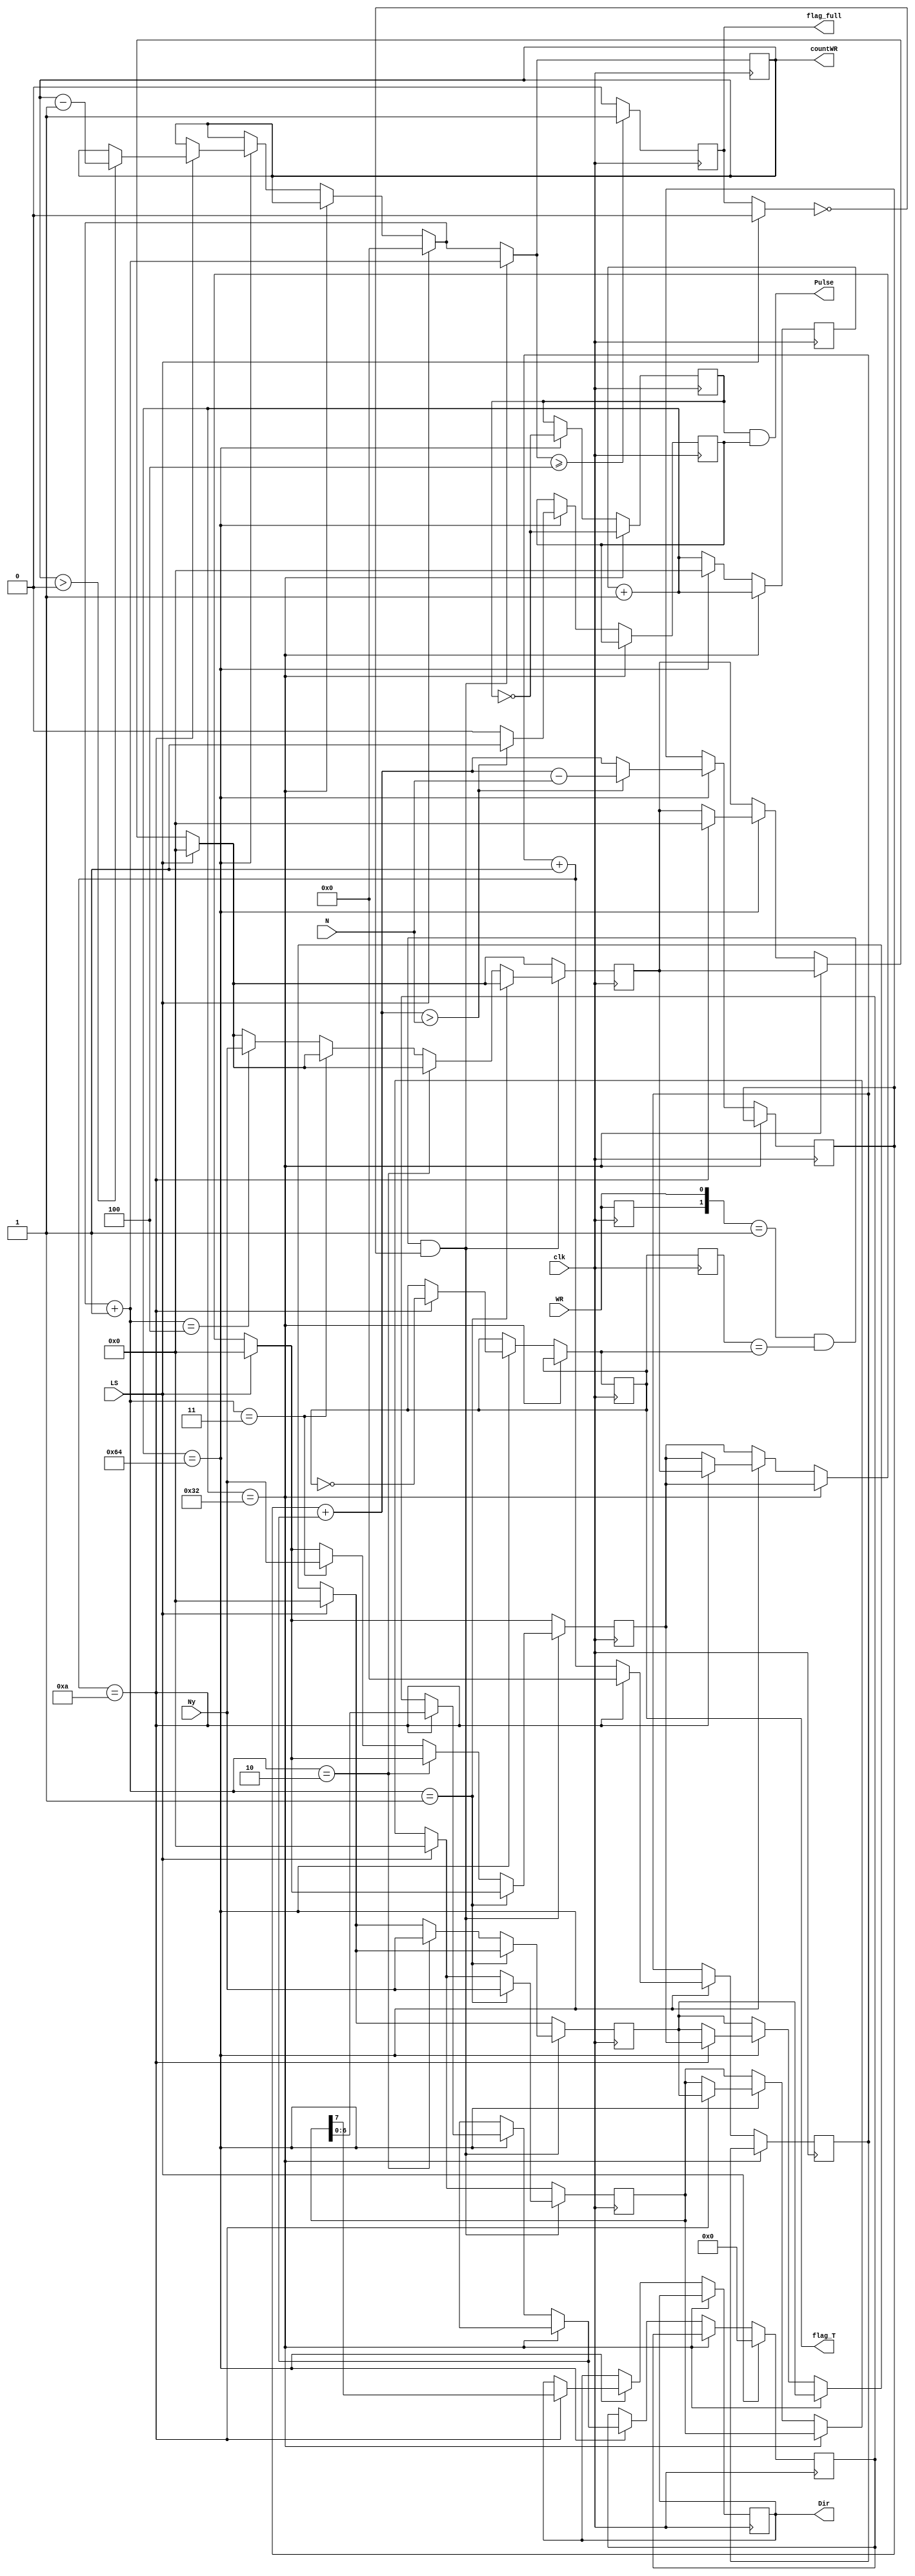
module servoY(clk,WR,LS,Ny,N,Pulse,Dir,flag_T,flag_full,countWR);
input clk,WR,LS;
input[7:0] N,Ny;
output Pulse,Dir,flag_T,flag_full;
output[3:0] countWR;

reg[7:0] count_clk1=0, acc=10;
reg[6:0] Ny_temp; 
reg[7:0] BUFF1, BUFF2, BUFF3, BUFF4;
reg Dir;
reg clk1=1;
reg pinout;
reg flag_T=1;
reg flag_full=0;
reg preWR, preflag_T;

reg[3:0] countWR=0, countT=0;

always@(posedge clk)
begin
	preWR <= WR;
	preflag_T <= flag_T;
	count_clk1 = count_clk1 + 1;
	
	if (count_clk1 == 50)
	begin
		clk1 = ~clk1;
	end
	else if (count_clk1 == 100)  	//clk1
	begin
		
		count_clk1 = 0;
		clk1 = ~clk1;
		countT = countT+1;
		
		if (countT == 10)   	//T
		begin					
			flag_T = ~flag_T;
			countT = 0;
			
			Ny_temp = BUFF1[6:0];
			Dir = BUFF1[7];
			BUFF1 = BUFF2;
			BUFF2 = BUFF3;
			BUFF3 = BUFF4;
			BUFF4 = 0;

			if (countWR > 0)
				countWR = countWR - 1;

		end
		
		acc = acc + Ny_temp;
		if (acc>N) 
		begin
			acc = acc - N;
			pinout = 1;
		end
		else 
			pinout = 0;
		//Khi LS = 1, ng ra Pulse = 0 v tat ca buffer se bi xa
	end
	
	if (LS == 1)
	begin 
		BUFF1 = 0;
		BUFF2 = 0;
		BUFF3 = 0;
		BUFF4 = 0;
		Ny_temp = 0;
		countWR = 0;
		flag_full = 0;
	end
	
	
			
	if ( ({preWR,WR} == 2'b01) && (preflag_T == flag_T) && (flag_full == 0) )
	begin
		countWR = countWR + 1;
		
		if (countWR == 1)
			BUFF1 = Ny;
		else if (countWR == 2)
			BUFF2 = Ny;
		else if (countWR == 3)
			BUFF3 = Ny;
		else if (countWR == 4)
			BUFF4 = Ny; 
		
	end
	
	if (countWR >= 4)
		flag_full = 1;	
	else
		flag_full = 0;
	
end
	
assign Pulse = clk1 & pinout;

endmodule